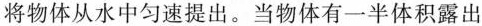
将物体从水中匀速提出。当物体有一半体积露出